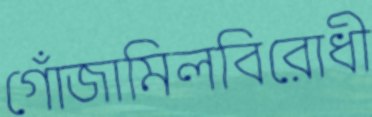
গোঁজামিলবিরোধী